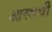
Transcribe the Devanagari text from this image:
आस्सची